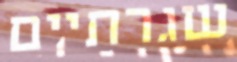
שגרתיים